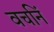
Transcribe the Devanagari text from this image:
वचनिं